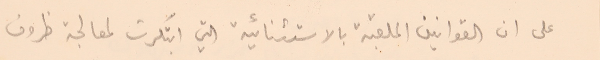
على ان القوانين الملقبة بالاستثنائية التي ابتكرت لمعالجة ظروف